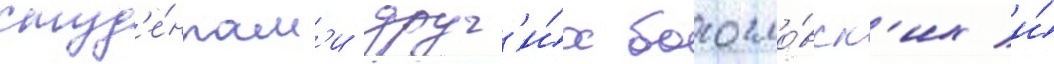
студ'е́нтам'и друг'и́х богосло́вск'их и́